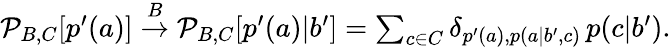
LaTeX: \begin{array}{r}{\mathcal{P}_{B,C}[p^{\prime}(a)]\stackrel{B}{\rightarrow}\mathcal{P}_{B,C}[p^{\prime}(a)|b^{\prime}]=\sum_{c\in C}\delta_{p^{\prime}(a),p(a|b^{\prime},c)}\, p(c|b^{\prime}).}\end{array}